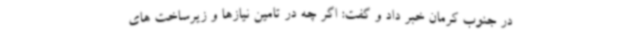
در جنوب کرمان خبر داد و گفت‌: اگر چه در تامین نیازها و زیرساخت های